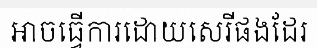
អាចធ្វើការដោយសេរីផងដែរ